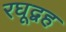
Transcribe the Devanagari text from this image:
रघूद्वह